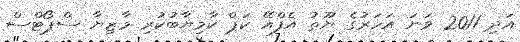
އަދި 2011 ވަނަ އަހަރުގެ ޔޫތު އެފްއޭ ކަޕް ކާމިޔާބުކުރި މާޒިޔާ ސްޕޯޓްސް